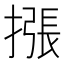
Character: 𢳫